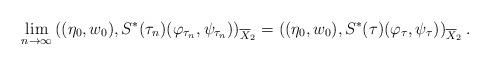
LaTeX: \begin{align*}\lim_{n\rightarrow \infty}\left( (\eta_0,w_0), S^*(\tau_n)(\varphi_{\tau_n},\psi_{\tau_n})\right)_{\overline{X}_2}= \left((\eta_0,w_0),S^*(\tau) (\varphi_{\tau},\psi_{\tau})\right)_{\overline{X}_2}. \end{align*}